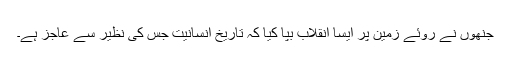
جنھوں نے روئے زمین پر ایسا انقلاب بپا کیا کہ تاریخ انسانیت جس کی نظیر سے عاجز ہے۔